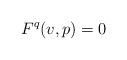
LaTeX: \begin{align*}F^q(v,p) = 0\end{align*}